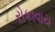
રોકાવાય